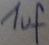
Text: 1uf